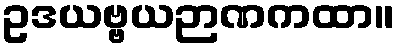
ဥဒယဗ္ဗယဉာဏကထာ။